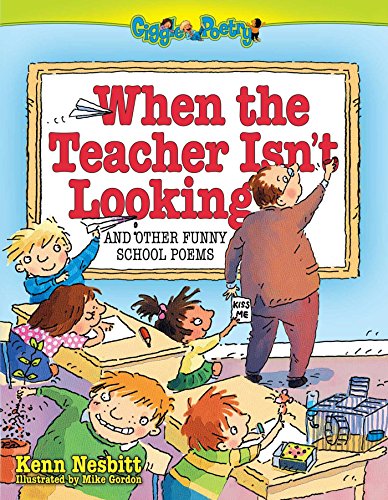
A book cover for When The Teacher Isn't Looking: And Other Funny School Poems (Giggle Poetry); Kenn Nesbitt; Humor & Entertainment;